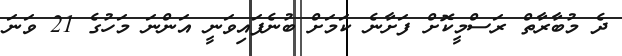
ދެ މުބާރާތް ރަސްމީކޮށް ފަށާނެ ކަމަށް ބުނެފައިވަނީ އަންނަ މަހުގެ 21 ވަނަ